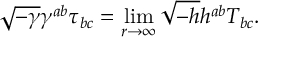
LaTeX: \sqrt { - \gamma } \gamma ^ { a b } \tau _ { b c } = \operatorname * { l i m } _ { r \to \infty } \sqrt { - h } h ^ { a b } T _ { b c } .